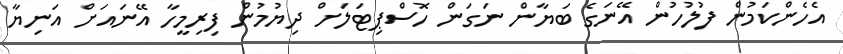
އެހެންކަމުން ފުލުހުން އޭނަގެ ބަޔާން ނަގަން ހޮސްޕިޓަލަށް ދިޔުމުން ފިރިމީހާ އޭނައަށް އަނިޔާ